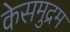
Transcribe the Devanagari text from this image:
केसमुद्रम